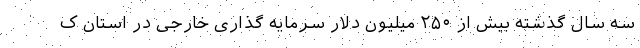
سه سال گذشته بیش از ۲۵۰ میلیون دلار سرمایه گذاری خارجی در استان ک